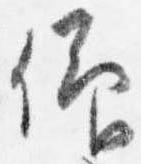
仰